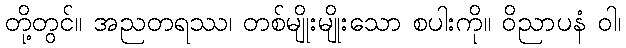
တို့တွင်။ အညတရဿ၊ တစ်မျိုးမျိုးသော စပါးကို။ ဝိညာပနံ ဝါ၊